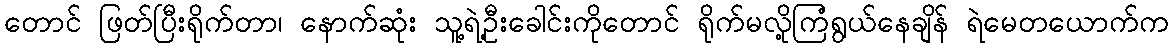
တောင် ဖြတ်ပြီးရိုက်တာ၊ နောက်ဆုံး သူ့ရဲ့ဦးခေါင်းကိုတောင် ရိုက်မလို့ကြံရွယ်နေချိန် ရဲမေတယောက်က